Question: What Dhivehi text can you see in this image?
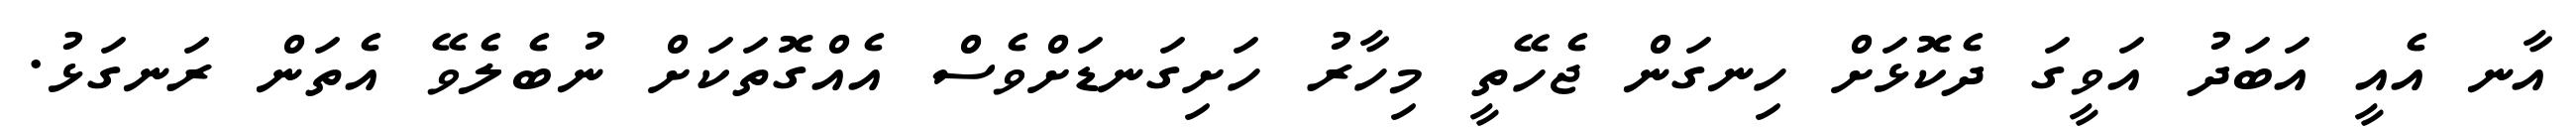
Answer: އާނ އެއީ އަބަދު އަވީގަ ދެކޮޅަށް ހިނގަން ޖެހޭތީ މިހާރު ހަށިގަނޑަށްވެސް އެއްގޮތަކަށް ނުބެލެވޭ އެތަން ރަނގަޅު.